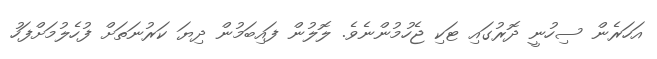
އަހަރެން ސިހުނީ ދޮރުގައި ޓަކި ޖެހުމުންނެވެ. ލޮލުން ފައިބަމުން ދިޔަ ކަރުނަތަށް ފުހެލުމަށްފަހު